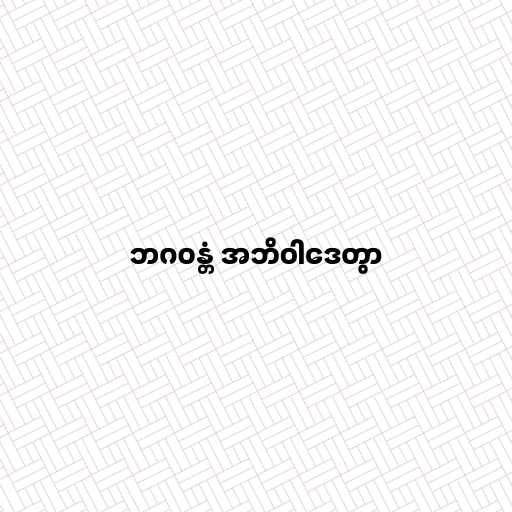
ဘဂဝန္တံ အဘိဝါဒေတွာ